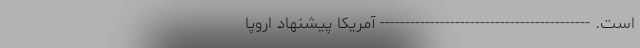
است. ------------------------------------------ آمریکا پیشنهاد اروپا